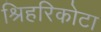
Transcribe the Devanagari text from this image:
श्रिहरिकोटा